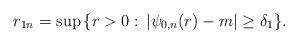
LaTeX: \begin{align*}r_{1n}=\sup\,\{r>0:\,|\psi_{0,n}(r)-m|\ge \delta_1\}.\end{align*}